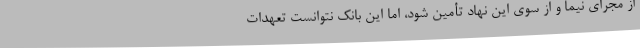
از مجرای نیما و از سوی این نهاد تأمین شود، اما این بانک نتوانست تعهدات